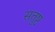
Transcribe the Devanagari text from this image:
सतुष्ट